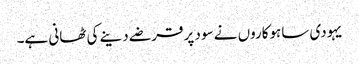
یہودی ساہوکاروں نے سود پر قرضے دینے کی ٹھانی ہے۔